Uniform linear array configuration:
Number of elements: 16
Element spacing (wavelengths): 0.25
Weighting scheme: hann
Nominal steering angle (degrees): -15
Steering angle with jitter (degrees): -13.106
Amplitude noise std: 0.05
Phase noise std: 0.05

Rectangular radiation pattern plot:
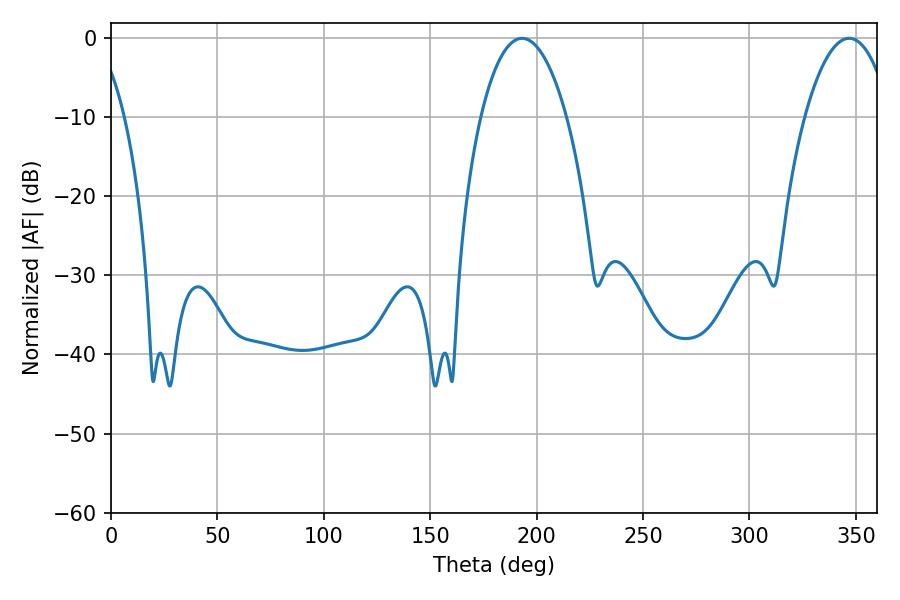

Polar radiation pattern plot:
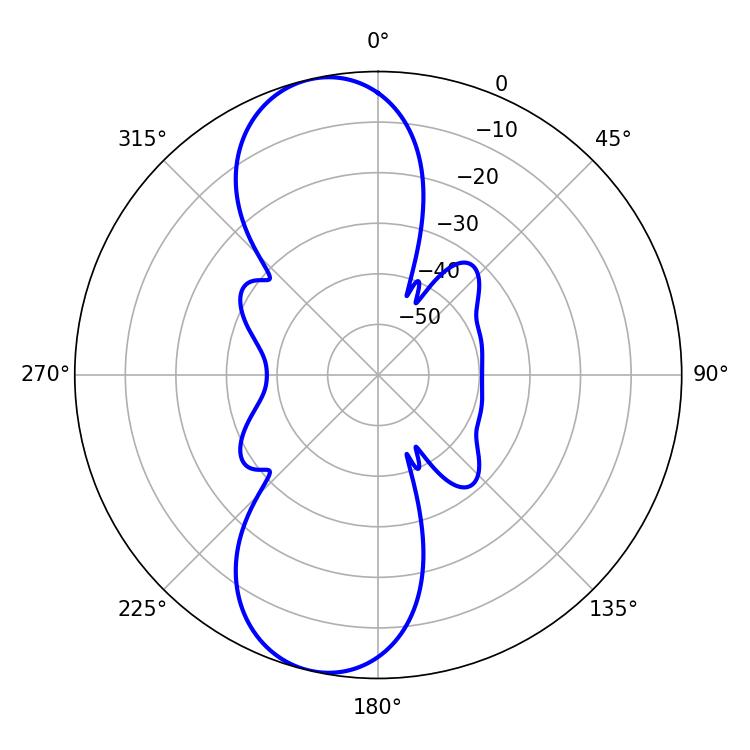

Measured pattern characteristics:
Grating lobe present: FALSE
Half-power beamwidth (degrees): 22.5
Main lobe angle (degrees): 193.14